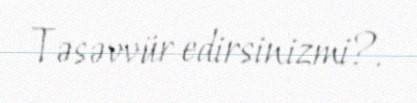
Təsəvvür edirsinizmi?.